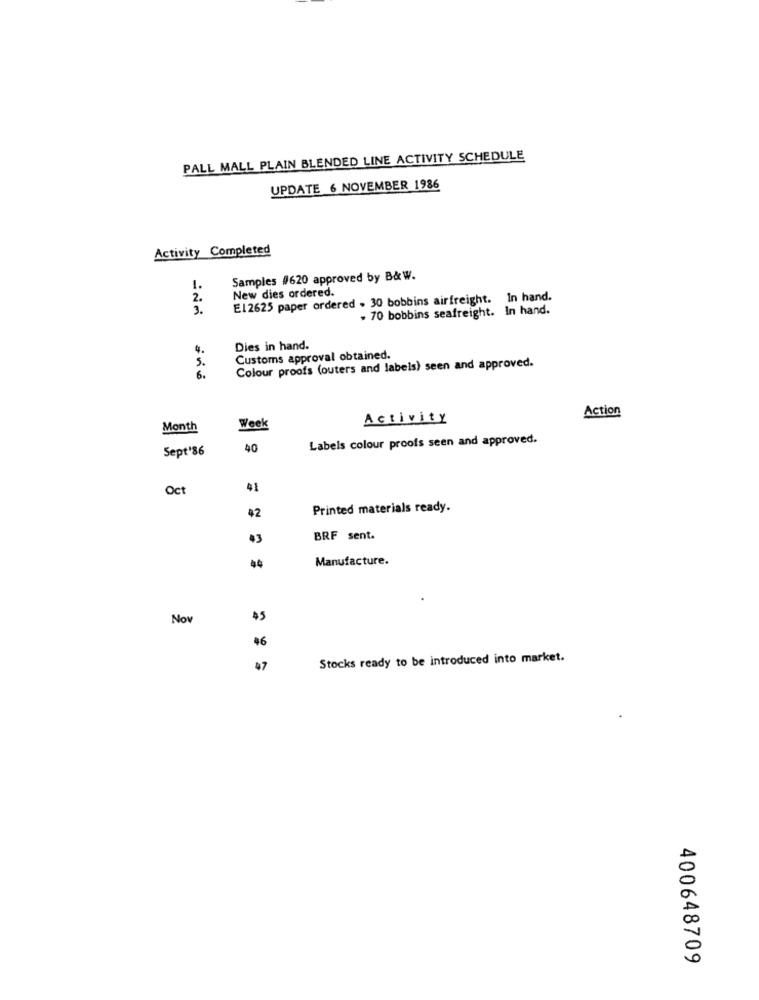
PALL MALL PLAIN BLENDED LINE ACTIVITY SCHEDULE
UPDATE 6 NOVEMBER 1986
Activity Completed
Samples #620 approved by B& W.
1.
New dies ordered.
2.
E12625 paper ordered . 30 bobbins airfreight. In hand.
3.
- 70 bobbins seafreight. In hand.
4.
Dies in hand.
5.
Customs approval obtained.
Colour proofs (outers and labels) seen and approved.
6.
Action
Activity
Month
Week
Labels colour proofs seen and approved.
Sept'86
40
Oct
41
Printed materials ready.
BRF sent.
44
Manufacture.
No
45
46
Stocks ready to be introduced into market.
97
400648709